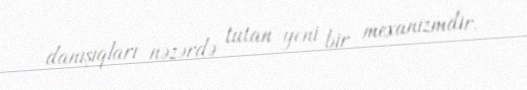
danışıqları nəzərdə tutan yeni bir mexanizmdir.